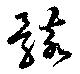
骸